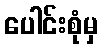
ပေါင်းစုံမှ